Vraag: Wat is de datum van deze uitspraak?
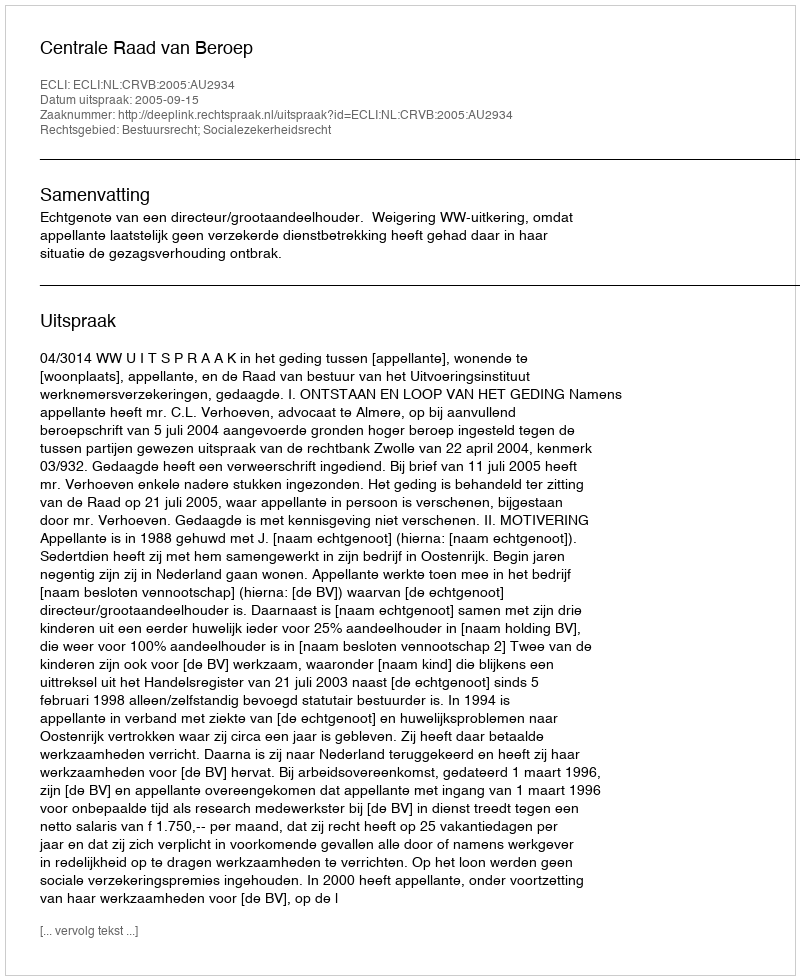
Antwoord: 2005-09-15